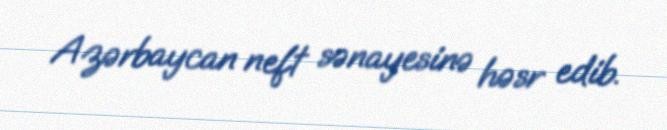
Azərbaycan neft sənayesinə həsr edib.